Lunatic asylums Central Provinces reports 1886-1894 - 1886-1894
Year: 1886
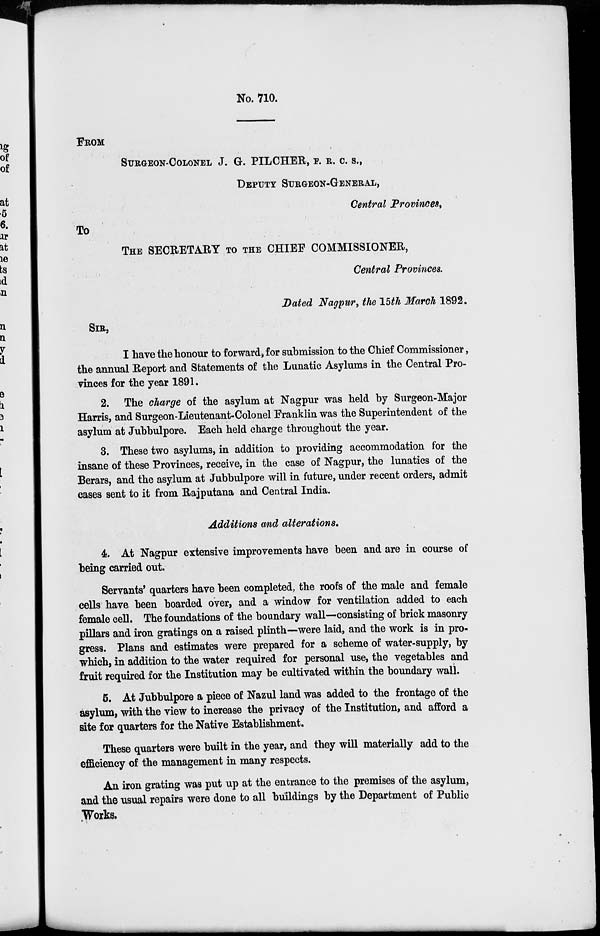
No. 710.
FROM
SURGEON-COLONEL J. G. PILCHER, F. R. C. S.,
DEPUTY SURGEON-GENERAL,
Central Provinces,
TO
THE SECRETARY TO THE CHIEF COMMISSIONER,
Central Provinces.
Dated Nagpur, the 15th March 1892.
SIR,
I have the honour to forward, for submission to the Chief Commissioner,
the annual Report and Statements of the Lunatic Asylums in the Central Pro-
vinces for the year 1891.
2. The charge of the asylum at Nagpur was held by Surgeon-Major
Harris, and Surgeon-Lieutenant-Colonel Franklin was the Superintendent of the
asylum at Jubbulpore. Each held charge throughout the year.
3. These two asylums, in addition to providing accommodation for the
insane of these Provinces, receive, in the case of Nagpur, the lunatics of the
Berars, and the asylum at Jubbulpore will in future, under recent orders, admit
cases sent to it from Rajputana and Central India.
Additions and alterations.
4. At Nagpur extensive improvements have been and are in course of
being carried out.
Servants' quarters have been completed, the roofs of the male and female
cells have been boarded over, and a window for ventilation added to each
female cell. The foundations of the boundary wall—consisting of brick masonry
pillars and iron gratings on a raised plinth—were laid, and the work is in pro-
gress. Plans and estimates were prepared for a scheme of water-supply, by
which, in addition to the water required for personal use, the vegetables and
fruit required for the Institution may be cultivated within the boundary wall.
5. At Jubbulpore a piece of Nazul land was added to the frontage of the
asylum, with the view to increase the privacy of the Institution, and afford a
site for quarters for the Native Establishment.
These quarters were built in the year, and they will materially add to the
efficiency of the management in many respects.
An iron grating was put up at the entrance to the premises of the asylum,
and the usual repairs were done to all buildings by the Department of Public
Works.